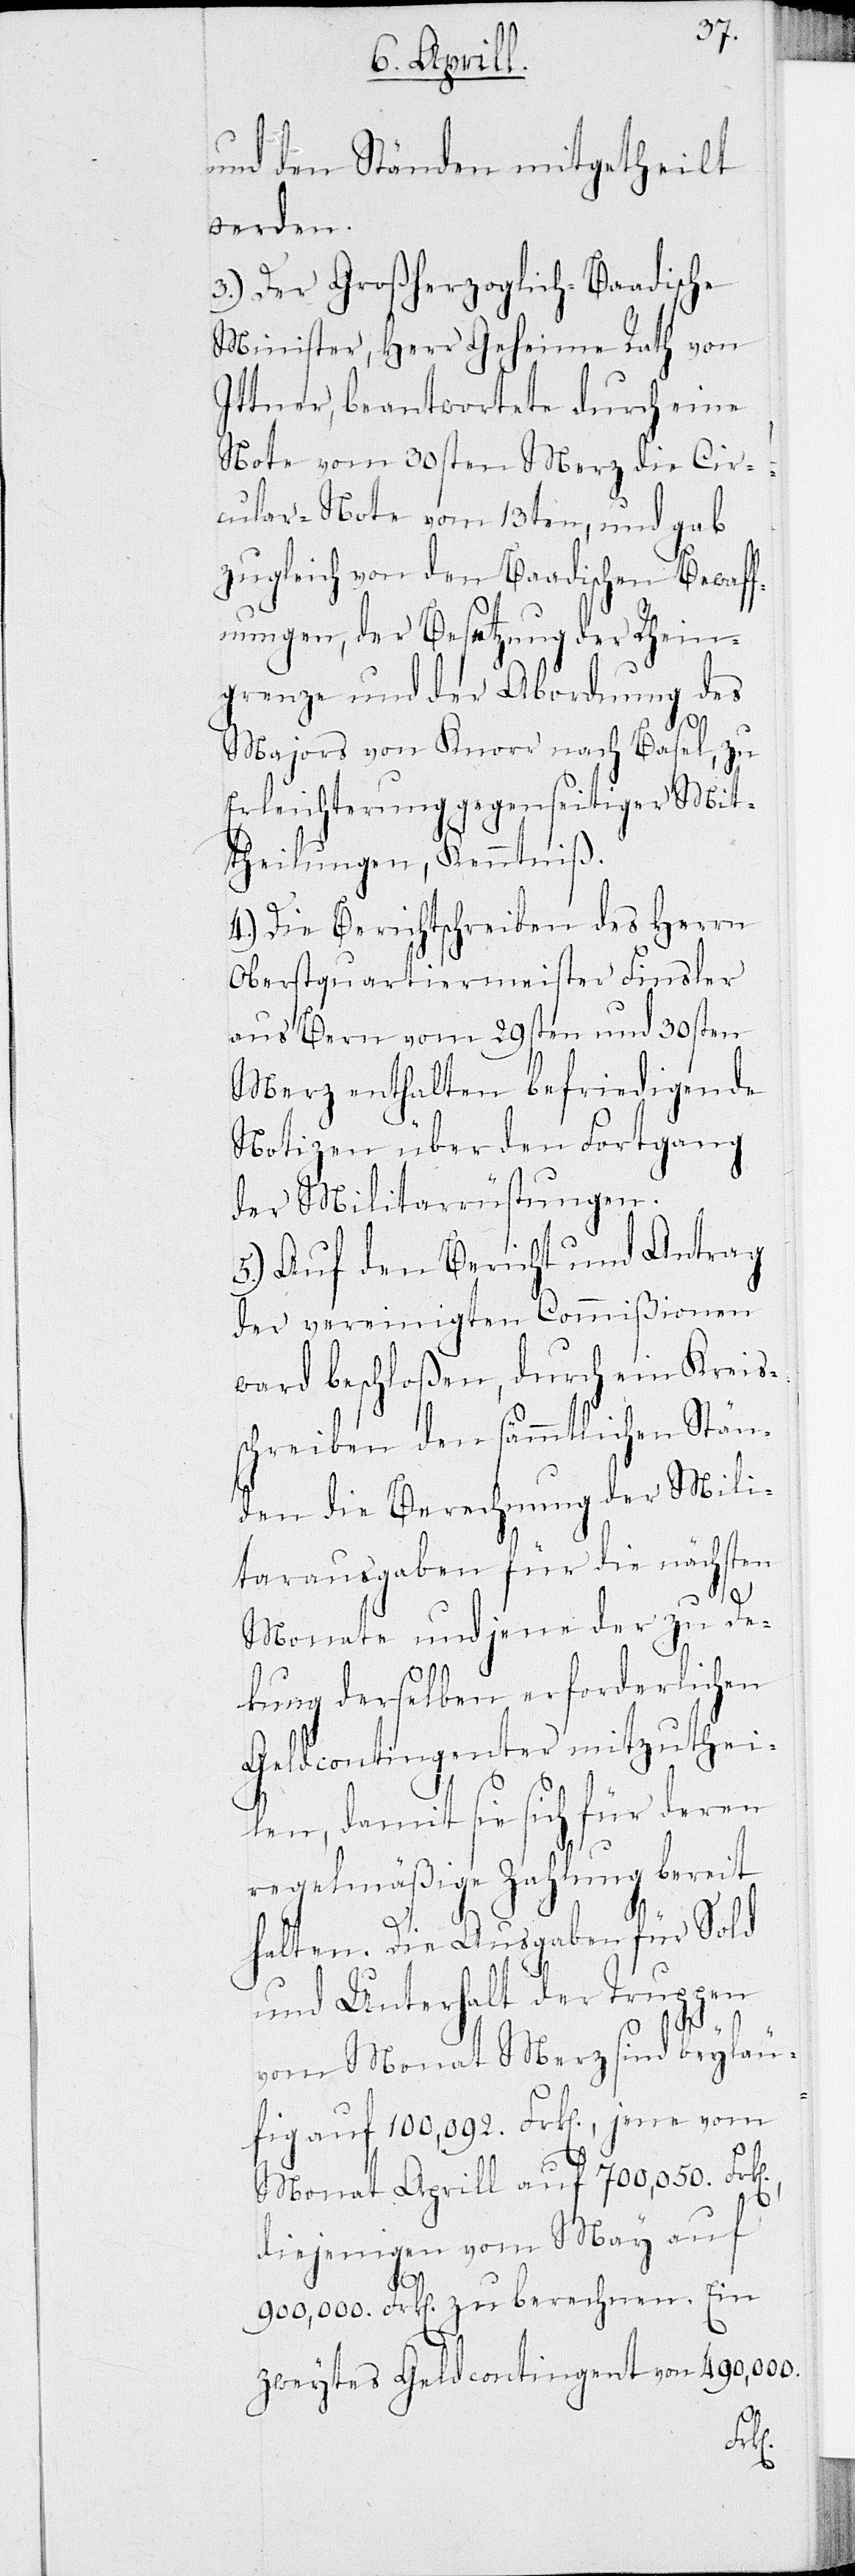
und den Ständen mitgetheilt
werden.
3.) Der Großherzoglich-Baadische
Minister, Herr Geheime Rath von
Ittner, beantwortete durch eine
Note vom 30sten Merz die Cir¬
cular-Note vom 13ten, und gab
zugleich von den Baadischen Bewaff¬
nungen, der Besetzung der Rhein¬
grenze und der Abordnung des
Majors von Knorr nach Basel, zu
Erleichterung gegenseitiger Mit¬
theilungen, Kenntniß.
4.) Die Berichtschreiben des Herrn
Oberstquartiermeister Finsler
aus Bern vom 29sten und 30sten
Merz enthalten befriedigende
Notizen über den Fortgang
der Militarrüstungen.
5.) Auf den Bericht und Antrag
der vereinigten Commißionen
ward beschloßen, durch ein Kreis¬
schreiben den sämmtlichen Stän¬
den die Berechnung der Mili¬
tarausgaben für die nächsten
Monate und jene der zu De¬
kung derselben erforderlichen
Geldcontiongenter mitzuthei¬
len, damit sie sich für deren
regelmäßige Zahlung bereit
halten. Die Ausgaben für Sold
und Unterhalt der Truppen
vom Monat Merz sind beyläu¬
fig auf 100,092. Frk., jene vom
Monat Aprill auf 700,050. Frk.,
diejenigen vom May auf
900,000. Frk. zu berechnen. Ein
zweytes Geldcontingent von 490,000.